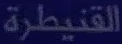
القنيطرة